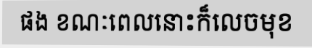
ផង ខណៈពេលនោះក៏លេចមុខ